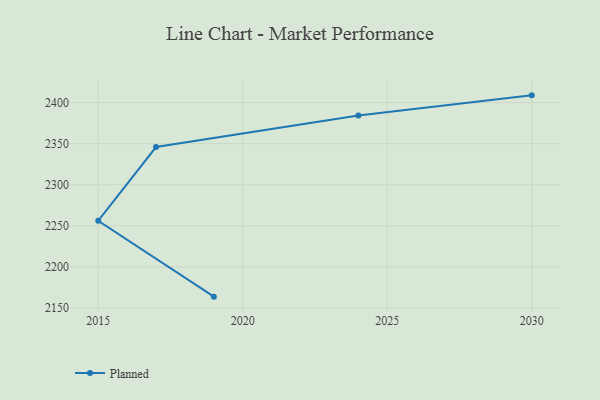
{"axis": {"x": "Year", "y": "Budget (USD K)"}, "legend": ["Planned"], "data": [{"x": "2030", "y": 2408.8, "type": "Planned"}, {"x": "2024", "y": 2384.3, "type": "Planned"}, {"x": "2017", "y": 2345.9, "type": "Planned"}, {"x": "2015", "y": 2256.2, "type": "Planned"}, {"x": "2019", "y": 2163.8, "type": "Planned"}]}